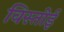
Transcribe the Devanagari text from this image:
विस्तोई